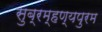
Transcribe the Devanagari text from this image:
सुब्रम्हण्यपुरम